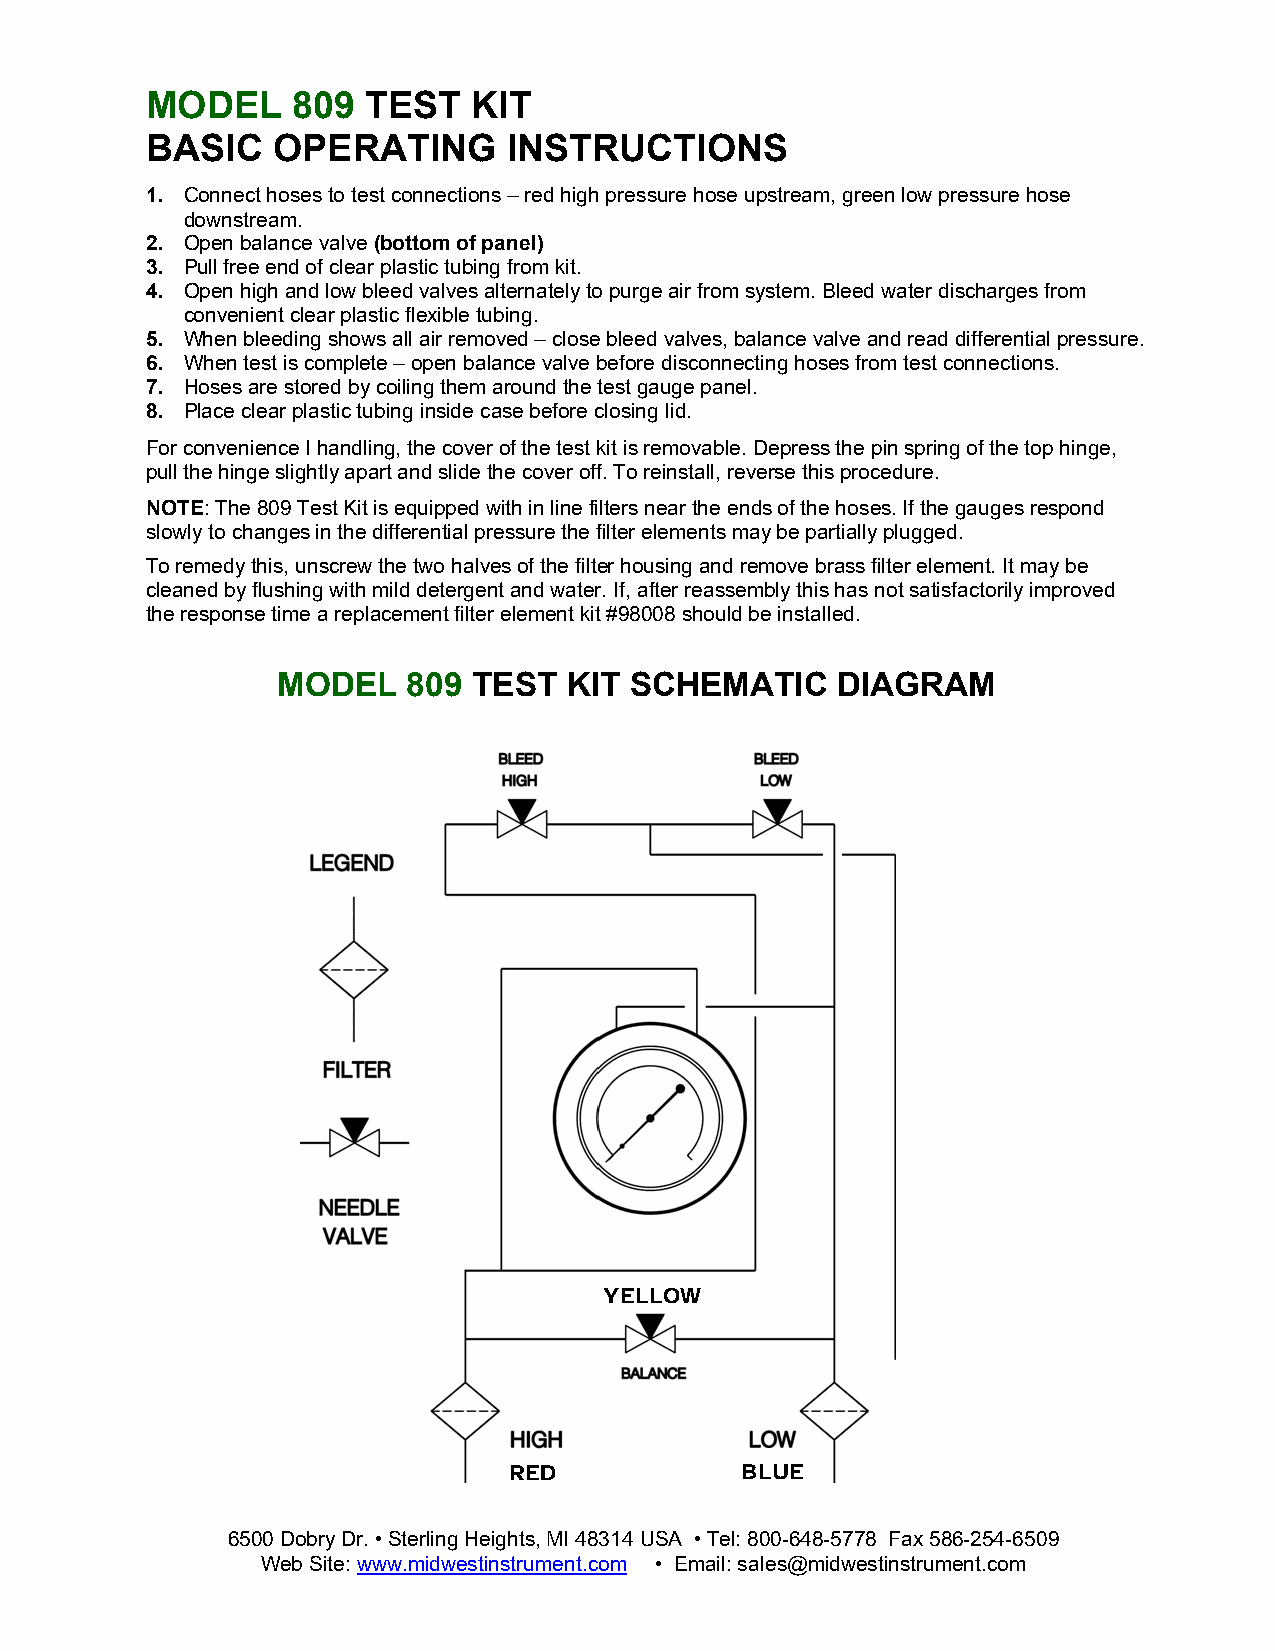
MODEL    809  TEST   KIT
 BASIC   OPERATING       INSTRUCTIONS
 1. C onnect hoses to test connections – red high pressure hose upstream, green low pressure hose
 downstream.
 2. Open balance valve (bottom of panel)
 3. Pull free end of clear plastic tubing from kit.
 4. Open high and low bleed valves alternately to purge air from system. Bleed water discharges from
 convenient clear plastic flexible tubing.
 5. When bleeding shows all air removed – close bleed valves, balance valve and read differential pressure.
 6. When test is complete – open balance valve before disconnecting hoses from test connections.
 7. Hoses are stored by coiling them around the test gauge panel.
 8. Place clear plastic tubing inside case before closing lid.
 For convenience I handling, the cover of the test kit is removable. Depress the pin spring of the top hinge,
 pull the hinge slightly apart and slide the cover off. To reinstall, reverse this procedure.
 NOTE: The 809 Test Kit is equipped with in line filters near the ends of the hoses. If the gauges respond
 slowly to changes in the differential pressure the filter elements may be partially plugged.
 To remedy this, unscrew the two halves of the filter housing and remove brass filter element. It may be
 cleaned by flushing with mild detergent and water. If, after reassembly this has not satisfactorily improved
 the response time a replacement filter element kit #98008 should be installed.
 MODEL    809 TEST   KIT SCHEMATIC    DIAGRAM
 YELLOW
 RED            BLUE
 6500 Dobry Dr. • Sterling Heights, MI 48314 USA • Tel: 800-648-5778 Fax 586-254-6509
 Web Site: www.midwestinstrument.com • Email: sales@midwestinstrument.com